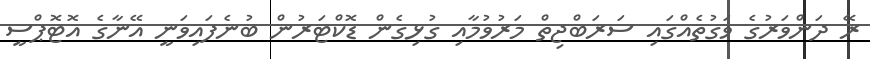
ރޭ ދަންވަރުގެ ވަގުތެއްގައި ސަރަބްޖިތް މަރުވުމާއި ގުޅިގެން ޑޮކްޓަރުން ބުނެފައިވަނީ އޭނާގެ އޮޓޮޕްސީ